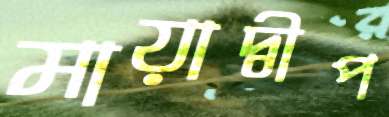
মায়াদ্বীপ